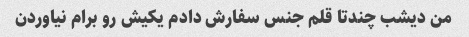
من دیشب چندتا قلم جنس سفارش دادم یکیش رو برام نیاوردن